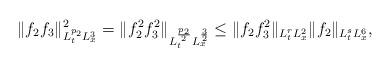
LaTeX: \begin{align*} \|f_2f_3\|_{L^{p_2}_tL^3_x}^2 = \|f_2^2f_3^2\|_{L^{\frac{p_2}{2}}_t L^{\frac32}_x} \leq \|f_2f_3^2\|_{L^r_tL^2_x} \|f_2\|_{L^s_tL^6_x},\end{align*}